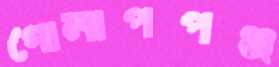
গোলাপপঞ্জ